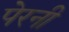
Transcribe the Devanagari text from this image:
पेरनी